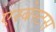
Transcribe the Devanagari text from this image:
एस्‍बेस्‍टस